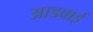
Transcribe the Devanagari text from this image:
आडवाई